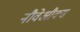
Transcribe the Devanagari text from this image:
नौवेऔक्स